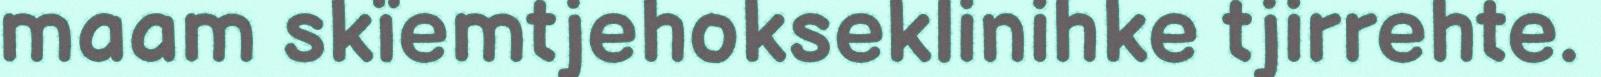
maam skïemtjehokseklinihke tjirrehte.